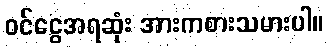
ဝင်ငွေအရဆုံး အားကစားသမားပါ။